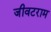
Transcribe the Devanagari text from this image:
जीवटराम